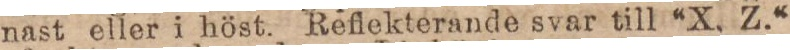
nast eller i höst. Reflekterande svar till “X. Z.“